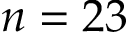
n = 2 3